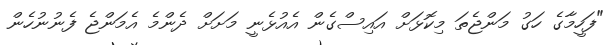
"ފަހީމާގެ ހަގު މަންޖެތަ މިކޮޅަށް އައިސްގެން އެއުޅެނީ މަށަށް ދެންމެ އެމަންޖެ ފެނުނުހެން